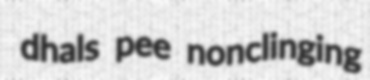
dhals pee nonclinging